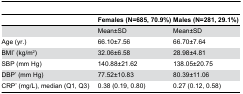
<table><thead><tr><td></td><td><b>Females (N=685, 70.9%)</b></td><td><b>Males (N=281, 29.1%)</b></td></tr></thead><tbody><tr><td></td><td>Mean±SD</td><td>Mean±SD</td></tr><tr><td>Age (yr.)</td><td>66.10±7.56</td><td>66.70±7.64</td></tr><tr><td>BMI<sup>*</sup> (kg/m<sup>2</sup>)</td><td>32.06±6.58</td><td>28.98±4.81</td></tr><tr><td>SBP (mm Hg)</td><td>140.88±21.62</td><td>138.05±20.75</td></tr><tr><td>DBP<sup>*</sup> (mm Hg)</td><td>77.52±10.83</td><td>80.39±11.06</td></tr><tr><td>CRP<sup>*</sup> (mg/L), median (Q1, Q3)</td><td>0.38 (0.19, 0.80)</td><td>0.27 (0.12, 0.58)</td></tr></tbody></table>